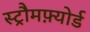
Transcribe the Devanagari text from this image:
स्ट्रौमफ़्योर्ड